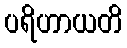
ပရိဟာယတိ